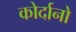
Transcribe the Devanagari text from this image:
कोर्दानो